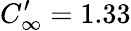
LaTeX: C_{\infty}^{\prime}=1.33